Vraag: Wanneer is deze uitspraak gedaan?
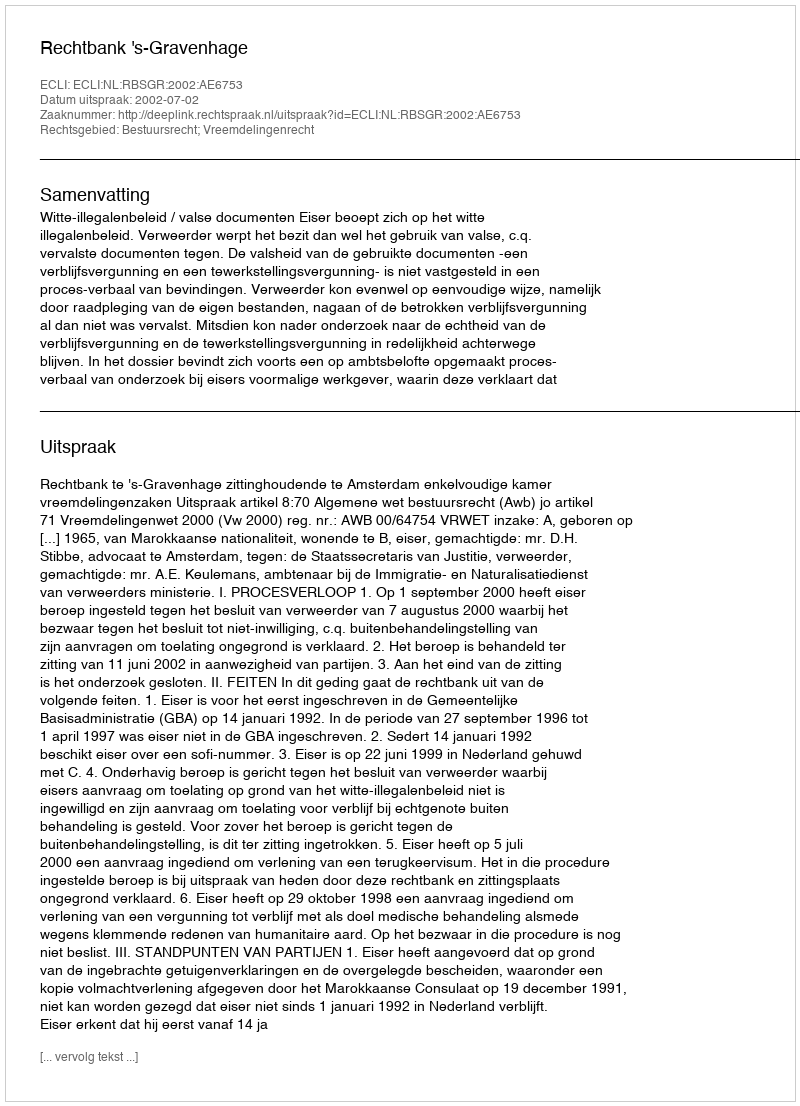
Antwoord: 2002-07-02